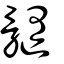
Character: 髓